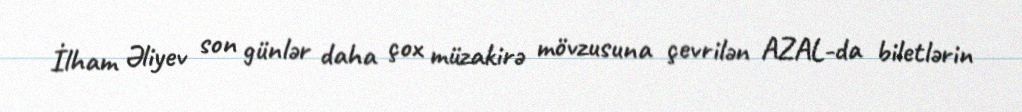
İlham Əliyev son günlər daha çox müzakirə mövzusuna çevrilən AZAL-da biletlərin